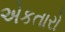
એકતારો